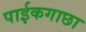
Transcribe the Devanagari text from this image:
पाईकगाछा